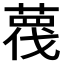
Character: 𦹋